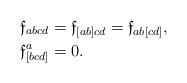
LaTeX: \begin{align*}\mathfrak{f}_{abcd} & =\mathfrak{f}_{[ab]cd}=\mathfrak{f}_{ab[cd]},\\\mathfrak{f}_{[bcd]}^{a} & =0.\end{align*}